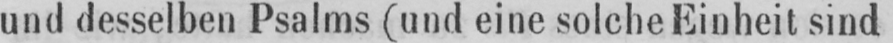
und desselben Psalms (und eine solche Einheit sind